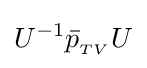
U^{-1}{\bar {p}}_{{}_{TV}}U